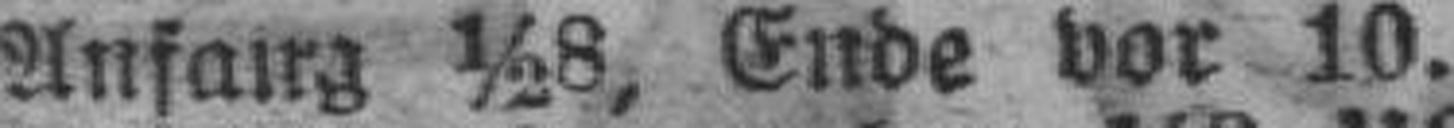
Anfang ½8, Ende vor 10.